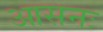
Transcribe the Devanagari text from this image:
आसनः